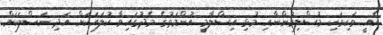
އެއީ ވަކިވަކި މުސްލިމުންނާއި މުޅި އިސްލާމީ އުންމަތުގެ މެދުގައިވާ ކުލައަކަށް އަދި ނަސްލަކަށް